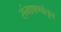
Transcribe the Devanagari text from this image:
संभाषणांतून